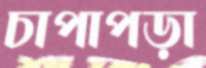
চাপাপড়া